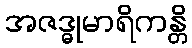
အဇဒ္ဓုမာရိကန္တိ